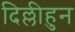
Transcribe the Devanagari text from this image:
दिल्लीहुन